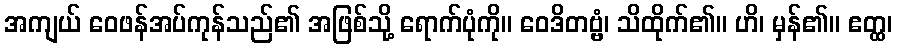
အကျယ် ဝေဖန်အပ်ကုန်သည်၏ အဖြစ်သို့ ရောက်ပုံကို။ ဝေဒိတဗ္ဗံ၊ သိထိုက်၏။ ဟိ၊ မှန်၏။ ဧတ္ထ၊